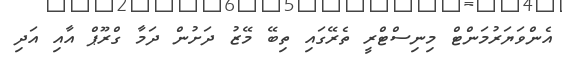
އެންވަޔަރުމަންޓް މިނިސްޓްރީ ތެރޭގައި ތިބޭ މޭޒު ދަށުން ދަމާ ގްރޫޕް އާއި އަދި